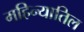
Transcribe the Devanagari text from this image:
महिन्यातिल